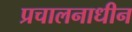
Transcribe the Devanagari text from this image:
प्रचालनाधीन